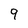
Character: 9